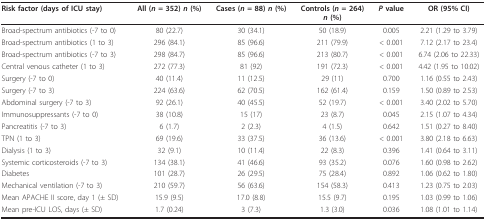
<table><thead><tr><td><b>Risk factor (days of ICU stay)</b></td><td><b>All (<i>n </i>= 352) <i>n </i>(%)</b></td><td><b>Cases (<i>n </i>= 88) <i>n </i>(%)</b></td><td><b>Controls (<i>n </i>= 264)<i>n </i>(%)</b></td><td><b><i>P </i>value</b></td><td><b>OR (95% CI)</b></td></tr></thead><tbody><tr><td>Broad-spectrum antibiotics (-7 to 0)</td><td>80 (22.7)</td><td>30 (34.1)</td><td>50 (18.9)</td><td>0.005</td><td>2.21 (1.29 to 3.79)</td></tr><tr><td>Broad-spectrum antibiotics (1 to 3)</td><td>296 (84.1)</td><td>85 (96.6)</td><td>211 (79.9)</td><td>&lt; 0.001</td><td>7.12 (2.17 to 23.4)</td></tr><tr><td>Broad-spectrum antibiotics (-7 to 3)</td><td>298 (84.7)</td><td>85 (96.6)</td><td>213 (80.7)</td><td>&lt; 0.001</td><td>6.74 (2.06 to 22.33)</td></tr><tr><td>Central venous catheter (1 to 3)</td><td>272 (77.3)</td><td>81 (92)</td><td>191 (72.3)</td><td>&lt; 0.001</td><td>4.42 (1.95 to 10.02)</td></tr><tr><td>Surgery (-7 to 0)</td><td>40 (11.4)</td><td>11 (12.5)</td><td>29 (11)</td><td>0.700</td><td>1.16 (0.55 to 2.43)</td></tr><tr><td>Surgery (-7 to 3)</td><td>224 (63.6)</td><td>62 (70.5)</td><td>162 (61.4)</td><td>0.159</td><td>1.50 (0.89 to 2.53)</td></tr><tr><td>Abdominal surgery (-7 to 3)</td><td>92 (26.1)</td><td>40 (45.5)</td><td>52 (19.7)</td><td>&lt; 0.001</td><td>3.40 (2.02 to 5.70)</td></tr><tr><td>Immunosuppressants (-7 to 0)</td><td>38 (10.8)</td><td>15 (17)</td><td>23 (8.7)</td><td>0.045</td><td>2.15 (1.07 to 4.34)</td></tr><tr><td>Pancreatitis (-7 to 3)</td><td>6 (1.7)</td><td>2 (2.3)</td><td>4 (1.5)</td><td>0.642</td><td>1.51 (0.27 to 8.40)</td></tr><tr><td>TPN (1 to 3)</td><td>69 (19.6)</td><td>33 (37.5)</td><td>36 (13.6)</td><td>&lt; 0.001</td><td>3.80 (2.18 to 6.63)</td></tr><tr><td>Dialysis (1 to 3)</td><td>32 (9.1)</td><td>10 (11.4)</td><td>22 (8.3)</td><td>0.396</td><td>1.41 (0.64 to 3.11)</td></tr><tr><td>Systemic corticosteroids (-7 to 3)</td><td>134 (38.1)</td><td>41 (46.6)</td><td>93 (35.2)</td><td>0.076</td><td>1.60 (0.98 to 2.62)</td></tr><tr><td>Diabetes</td><td>101 (28.7)</td><td>26 (29.5)</td><td>75 (28.4)</td><td>0.892</td><td>1.06 (0.62 to 1.80)</td></tr><tr><td>Mechanical ventilation (-7 to 3)</td><td>210 (59.7)</td><td>56 (63.6)</td><td>154 (58.3)</td><td>0.413</td><td>1.23 (0.75 to 2.03)</td></tr><tr><td>Mean APACHE II score, day 1 (± SD)</td><td>15.9 (9.5)</td><td>17.0 (8.8)</td><td>15.5 (9.7)</td><td>0.195</td><td>1.03 (0.99 to 1.06)</td></tr><tr><td>Mean pre-ICU LOS, days (± SD)</td><td>1.7 (0.24)</td><td>3 (7.3)</td><td>1.3 (3.0)</td><td>0.036</td><td>1.08 (1.01 to 1.14)</td></tr></tbody></table>